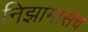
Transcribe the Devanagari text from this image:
निझामासच